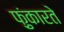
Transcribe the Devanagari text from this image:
फ़ुंकारते